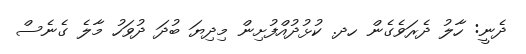
ދެނީ: ހާލު ދެރަވެގެން ހދ. ކުޅުދުއްފުށިން މިދިޔަ ބުދަ ދުވަހު މާލެ ގެނެސް